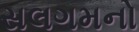
સલગમનો